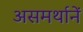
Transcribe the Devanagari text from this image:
असमर्थानें